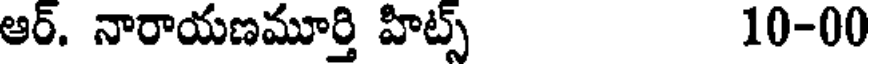
ఆర్. నారాయణమూర్తి హిట్స్ 10-00